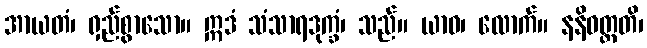
အာယတံ၊ ရှည်စွာသော။ ဣဒံ သံသာရဒုက္ခံ၊ သည်။ ယာဝ၊ လောက်။ နနိဝတ္တတိ၊